Triennial report on the lunatic asylums in the province of Eastern Bengal and Assam - 1903-1911
Year: 1903
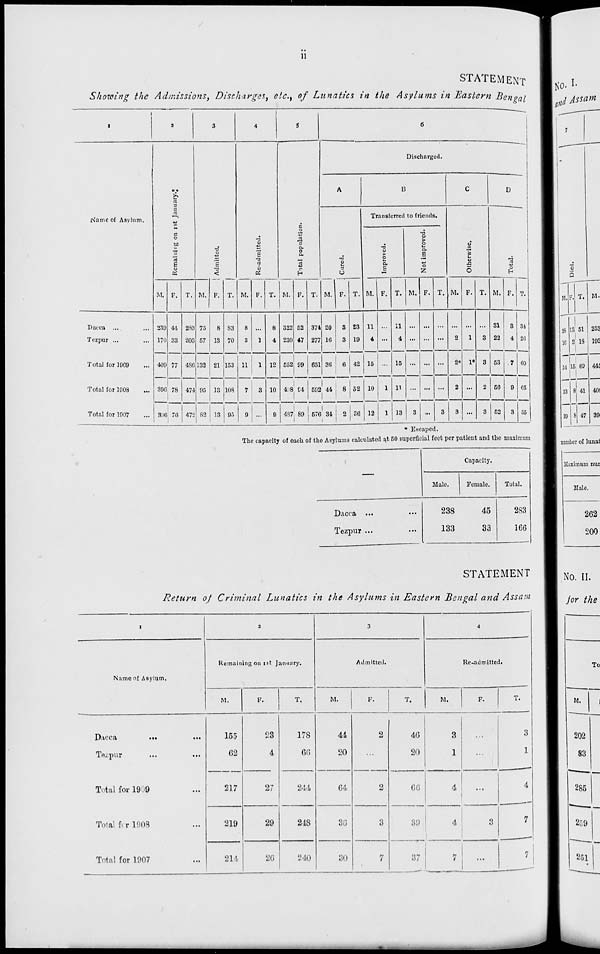
ii
STATEMENT
Showing the Admissions, Discharges, etc., of Lunatics in the Asylums in Eastern Bengal
1
Name of Asylum.
Dacca ... ...
Tezpur ... ...
Total for 1909 ...
Total for 1908 ...
Total for 1907 ...
2
Remaining on 1st January.
M.
239
170
409
396
396
F.
44
33
77
78
76
T.
283
203
486
474
472
3
Admitted.
M.
75
57
132
95
82
F.
8
13
21
13
13
T.
83
70
153
108
95
4
Re-admitted.
M.
8
3
11
7
9
F.
...
1
1
3
...
T.
8
4
12
10
9
5
Total population.
M.
322
230
552
438
487
F.
52
47
99
94
89
T.
374
277
651
592
576
6
Discharged.
A
Cured.
M.
20
16
36
44
34
F.
3
3
6
8
2
T.
23
19
42
52
36
B
Transferred to friends.
Improved.
M.
11
4
15
10
12
F.
...
...
...
1
1
T.
11
4
15
11
13
Not improved.
M.
...
...
...
...
3
F.
...
...
...
...
...
T.
...
...
...
...
3
C
Otherwise.
M.
...
2
2*
2
3
F.
...
1
1*
...
...
T.
...
3
3
2
3
D
Total.
M.
31
22
53
56
52
F.
3
4
7
9
3
T.
34
26
60
65
55
* Escaped.
The capacity of each of the Asylums calculated at 50 superficial feet per patient and the maximum
—
Dacca ... ...
Tezpur ... ...
Capacity.
Male.
238
133
Female.
45
33
Total.
283
166
STATEMENT
Return of Criminal Lunatics in the Asylums in Eastern Bengal and Assam
1
Name of Asylum.
Dacca
... ...
Tezpur ... ...
Total for 1909 ...
Total for 1908 ...
Total for 1907 ...
2
Remaining on 1st January.
M.
155
62
217
219
214
F.
23
4
27
29
26
T.
178
66
244
248
240
3
Admitted.
M.
44
20
64
36
30
F.
2
...
2
3
7
T.
46
20
66
39
37
4
Re-admitted.
M.
3
1
4
4
7
F.
...
...
...
3
...
T.
3
1
4
7
7